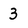
Character: 3